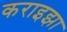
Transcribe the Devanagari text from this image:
कराइझा